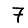
Digit: 7